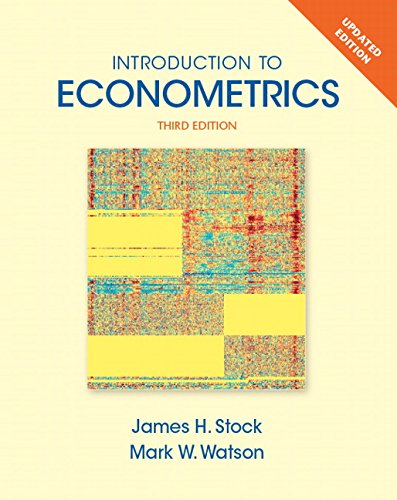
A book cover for Introduction to Econometrics, Update Plus NEW MyEconLab with Pearson eText -- Access Card Package (3rd Edition) (Pearson Series in Economics); James H. Stock; Business & Money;